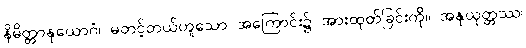
နိမိတ္တာနုယောဂံ၊ မတင့်တယ်ဟူသော အကြောင်း၌ အားထုတ်ခြင်းကို။ အနုယုတ္တဿ၊